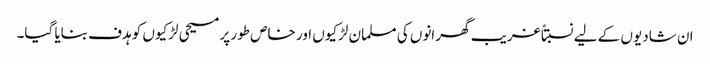
ان شادیوں کے لیے نسبتاً غریب گھرانوں کی مسلمان لڑکیوں اور خاص طور پر مسیحی لڑکیوں کو ہدف بنایا گیا۔